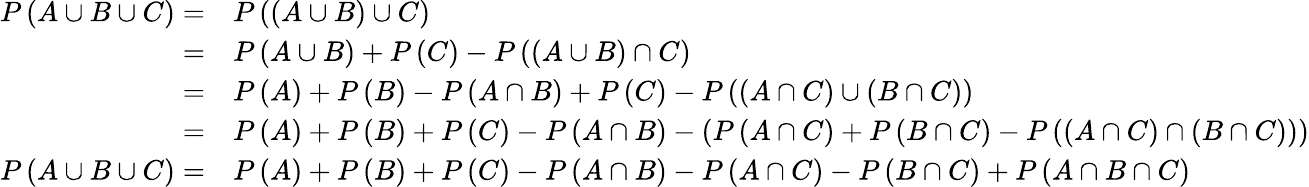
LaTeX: {\begin{array}{rl}{P\left(A\cup B\cup C\right)=}&{P\left(\left(A\cup B\right)\cup C\right)}\\ {=}&{P\left(A\cup B\right)+P\left(C\right)-P\left(\left(A\cup B\right)\cap C\right)}\\ {=}&{P\left(A\right)+P\left(B\right)-P\left(A\cap B\right)+P\left(C\right)-P\left(\left(A\cap C\right)\cup\left(B\cap C\right)\right)}\\ {=}&{P\left(A\right)+P\left(B\right)+P\left(C\right)-P\left(A\cap B\right)-\left(P\left(A\cap C\right)+P\left(B\cap C\right)-P\left(\left(A\cap C\right)\cap\left(B\cap C\right)\right)\right)}\\ {P\left(A\cup B\cup C\right)=}&{P\left(A\right)+P\left(B\right)+P\left(C\right)-P\left(A\cap B\right)-P\left(A\cap C\right)-P\left(B\cap C\right)+P\left(A\cap B\cap C\right)}\end{array}}